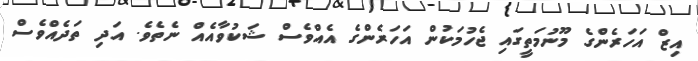
އިޒް އަހަރެންގެ މޫނުމަތީގައި ޖެހުމަކުން އަހަރެންގެ އެއްވެސް ޝަކުވާއެއް ނެތެވެ. އަދި ތަދެއްވެސް